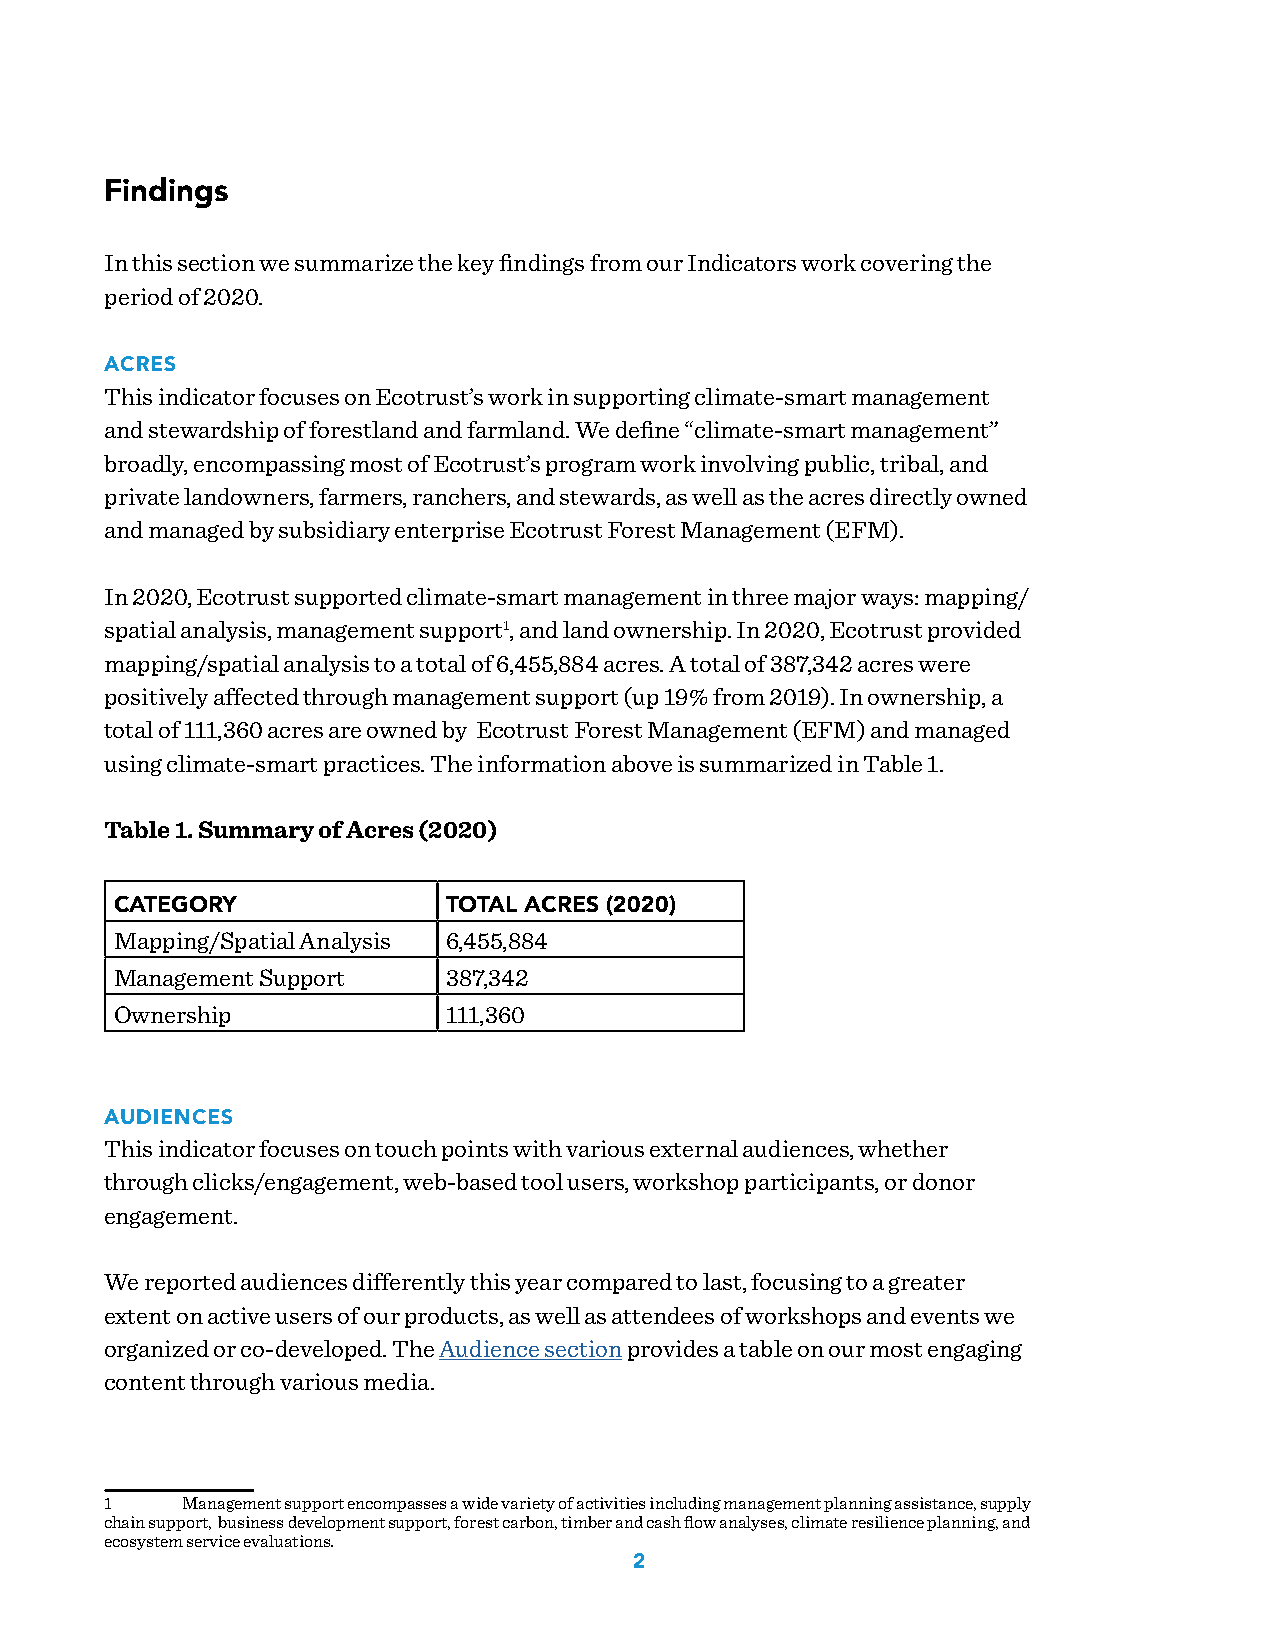
Findings
 In this section we summarize the key findings from our Indicators work covering the
 period of 2020.
 ACRES
 This indicator focuses on Ecotrust’s work in supporting climate-smart management
 and stewardship of forestland and farmland. We define “climate-smart management”
 broadly, encompassing most of Ecotrust’s program work involving public, tribal, and
 private landowners, farmers, ranchers, and stewards, as well as the acres directly owned
 and managed by subsidiary enterprise Ecotrust Forest Management (EFM).
 In 2020, Ecotrust supported climate-smart management in three major ways: mapping/
 spatial analysis, management support1, and land ownership. In 2020, Ecotrust provided
 mapping/spatial analysis to a total of 6,455,884 acres. A total of 387,342 acres were
 positively affected through management support (up 19% from 2019). In ownership, a
 total of 111,360 acres are owned by Ecotrust Forest Management (EFM) and managed
 using climate-smart practices. The information above is summarized in Table 1.
 Table 1. Summary of Acres (2020)
 CATEGORY              TOTAL ACRES (2020)
 Mapping/Spatial Analysis 6,455,884
 Management Support    387,342
 Ownership             111,360
 AUDIENCES
 This indicator focuses on touch points with various external audiences, whether
 through clicks/engagement, web-based tool users, workshop participants, or donor
 engagement.
 We reported audiences differently this year compared to last, focusing to a greater
 extent on active users of our products, as well as attendees of workshops and events we
 organized or co-developed. The Audience section provides a table on our most engaging
 content through various media.
 1    Management support encompasses a wide variety of activities including management planning assistance, supply
 chain support, business development support, forest carbon, timber and cash flow analyses, climate resilience planning, and
 ecosystem service evaluations.
 2